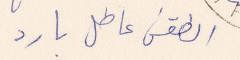
الطقس عاطل بارد